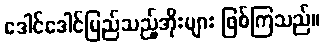
ဒေါင်ဒေါင်မြည်သည့်အိုးများ ဖြစ်ကြသည်။